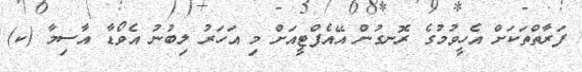
ފަރާތްތަކަށް އެހީވުމުގެ ރޮނގުން އޭއެފްޓީއަށް މި އަހަރު ލިބުނު އެވޯޑާ އާސިމާ (ކ)